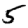
Digit: 5